King Institute of Preventive Medicine Micro-Biological Section reports 1912-19
Year: 1912
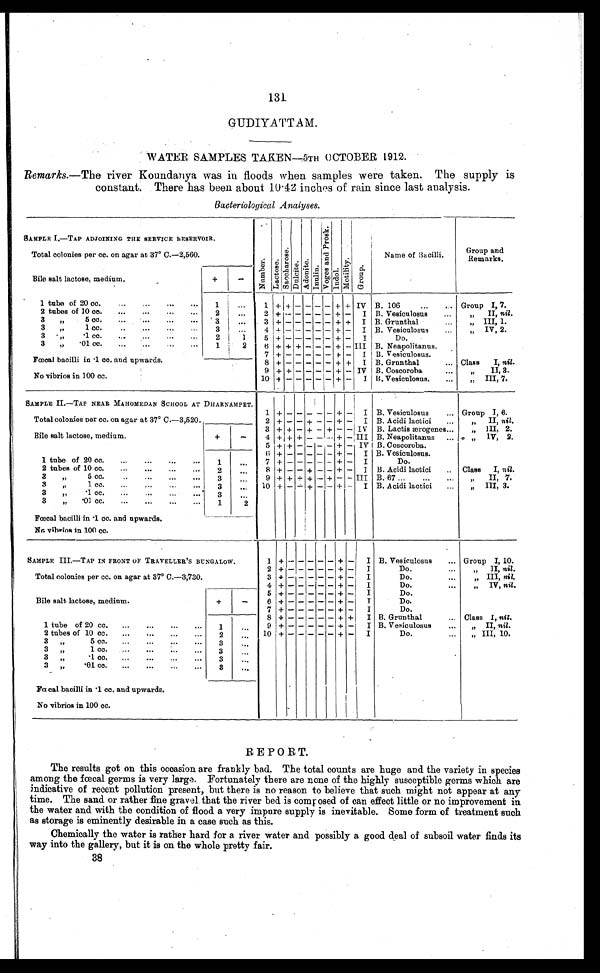
131
GUDIYATTAM.
WATER SAMPLES TAKEN—5TH OCTOBER 1912.
Remarks.—The river Koundanya was in floods when samples were taken. The supply is
constant. There has been about 10.42 inches of rain since last analysis.
Bacteriological Analyses.
SAMPLE I.—TAP ADJOINING THE SERVICE RESERVOIR.
N u m b e r .
L a c t o s e .
S a c c h a r o s e .
Dul ci t e.
A d o n i t e . I n u l i n .
V o g e s a n d P r o s k .
I n d o l .
M o t i l i t y .
G r o u p .
Name of Bacilli.
Group and
Remarks.
Total colonies per cc. on agar at 37° C.—2,560.
Bile salt lactose, medium.
+
-
1 tube of 20 cc.
...
...
...
...
1
. . .
1 + + -
- - - + + IV B. 106
...
Group I, 7.
2 tubes of 10 cc.
...
...
...
...
2
. . .
2 + - -
- - - + - I B. Vesiculosus
...
„ II, nil.
3 „
5 cc.
...
...
...
...
3
. . .
3 + - -
- - - + + I B. Grunthal
...
„ III, 1.
3 „
1 cc.
...
...
...
...
3
. . .
4 + - -
- - - + - I B. Vesiculosus.
„ IV, 2.
3 „ .1 cc.
...
...
...
...
2
1
5 + - -
- - - + - I
Do.
3 „ .01 cc.
...
...
...
...
1
2
6 + + + - - - + - III B. Neapolitanus.
Fœcal bacilli in .1 cc. and upwards.
7 + - -
- - -
+ - I B. Vesiculosus.
8 + - -
- - - + + I B. Grunthal
... Class I, nil.
No vibrios in 100 cc.
9 + + -
- - - + - IV B. Coscoroba
„ I I , 3 .
1 0 + - -
- - - + - I B. Vesiculosus.
...
„ III, 7.
SAMPLE II.—TAP NEAR MAHOMEDAN SCHOOL AT DHARNAMPET.
Total colonies per cc. on agar at 37° C.—3,520.
1 + - - - - - + -
I B. Vesiculosus
... Group I, 6.
2 + - -
+ - - + -
I B. Acidi lactici
...
„ II, nil .
Bile salt lactose, medium.
+
-
3 + + -
+ - + - -
I V B. Lactis ærogenes...
„ III, 2.
4 + + + - - - + -
I I I B. Neapolitanus. ...
„ IV, 2.
5 ++ - - - - + -
I V I B. Coscoroba.
1 tube of 20 cc.
...
...
...
...
1
. . .
6 + - - - - - + -
I B. Vesiculosus.
7 + - - - - - + -
I
Do.
2 tubes of 10 cc.
...
...
...
...
2
. . .
8 + - - + - - + -
I B. Acidi lactici
.. Class I, nil.
3 „
5 cc.
...
...
...
...
3
. . .
9 + + + + - + - -
I I I
B. 67
...
„ I I , 7 .
3 „ 1 cc.
...
...
...
...
3
. . .
1 0 + - - + - - + -
I B. Acidi lactici
...
„ III, 3.
3 „ .1
cc.
...
...
...
...
3 ...
3 „ .01
cc.
...
...
...
...
1
2
Fœcal bacilli in .1 cc. and upwards.
No vihrios in 100 cc.
SAMPLE III.—TAP IN FRONT OF TRAVELLER'S BUNGALOW.
1 + -
-
- - -
+ -
I B. Vesiculosus
... Group I, 10.
Total colonies per cc. on agar at 37° C.—3,730.
2 + - -
- - - + -
I
Do.
...
„ I I ,
n i l .
3 + - -
- - - + -
I
Do.
...
„ III, nil.
4 + - -
- - - + -
I
Do.
...
„ IV, nil.
Bile salt lactose, medium.
+
-
5 + - -
- - - + -
I
Do.
...
6 + - -
- - - + -
I
Do.
...
7 + - -
- - - + -
I
Do.
...
1 tube of 20 cc.
...
...
...
1 ...
8 + - -
- -
- + +
I B. Grunthal
... Class I, nil.
9 + - -
- - - + -
I B. Vesiculosus
...
„ II, nil.
2 tubes of 10 cc.
...
...
...
2
. . .
1 0 + - -
- - - + -
I
Do.
...
„ III, 10.
3 „
5 cc.
...
...
..
.
3
. . .
3 „
1 cc.
...
...
..
.
3
. . .
3 „ .1 cc.
...
...
..
.
3
. . .
3 „ .01 cc.
...
...
..
.
3 ...
Fœcal bacilli in .1 cc. and upwards.
No vibrios in 100 cc.
REPORT.
The results got on this occasion are frankly bad. The total counts are huge and the variety in species
among the fæcal germs is very large. Fortunately there are none of the highly susceptible germs which are
indicative of recent pollution present, but there is no reason to believe that such might not appear at any
time. The sand or rather fine gravel that the river bed is composed of can effect little or no improvement in
the water and with the condition of flood a very impure supply is inevitable. Some form of treatment such
as storage is eminently desirable in a case such as this.
Chemically the water is rather hard for a river water and possibly a good deal of subsoil water finds its
way into the gallery, but it is on the whole pretty fair.
38